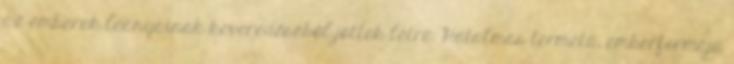
az emberek leányainak keveredéséből jöttek létre. Hatalmas termetű, emberformájú